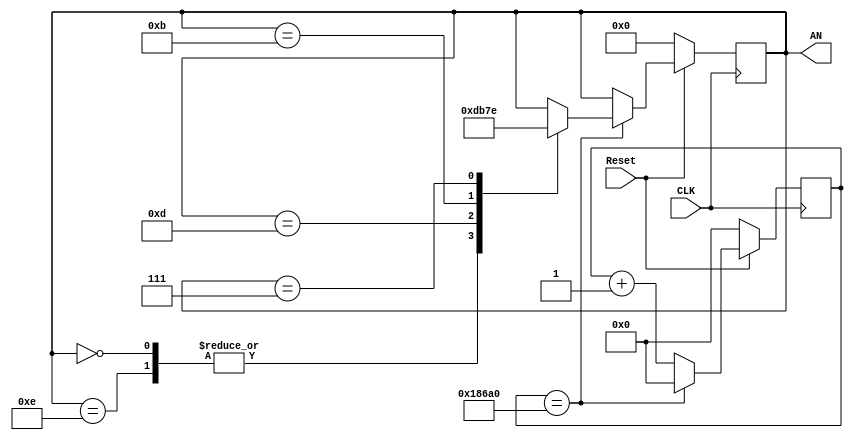
`timescale 1ns / 1ps
//////////////////////////////////////////////////////////////////////////////////
// Company: 
// Engineer: 
// 
// Design Name: 
// Module Name: clk_show
// Project Name: 
// Target Devices: 
// Tool Versions: 
// Description: 
// 
// Dependencies: 
// 
// Revision:
// Revision 0.01 - File Created
// Additional Comments:
// 
//////////////////////////////////////////////////////////////////////////////////


module clk_slow(input CLK, input Reset, output reg[3:0] AN);
	reg[16:0] hide;
	parameter DIVISION = 100000;
    initial begin
		hide <= 0;
		AN <= 4'b0111;
	end
	always@(posedge CLK) begin
		if(Reset == 0)begin
            hide <= 0;
            AN <= 4'b0000;

		end 
		else begin
			hide <= hide + 1;
			if(hide == DIVISION) begin
                hide <= 0;
                case(AN)
                    4'b1110:begin
                        AN <= 4'b1101;
                    end
                    4'b0000:begin
                        AN <= 4'b1101;
                    end
                    4'b1101:begin
                        AN <= 4'b1011;
                    end
                    4'b1011: begin
                        AN <= 4'b0111;
                    end
                    4'b0111: begin
                        AN <= 4'b1110;
                    end
                endcase
            end
        end
    end
endmodule